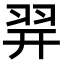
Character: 𦐧